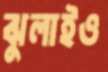
ঝুলাইও